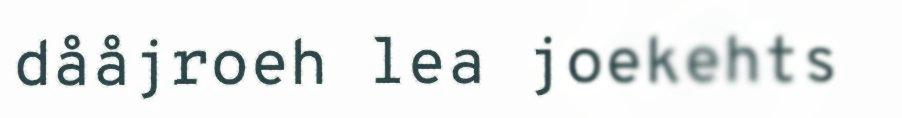
dååjroeh lea joekehts